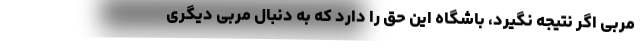
مربی اگر نتیجه نگیرد، باشگاه این حق را دارد که به دنبال مربی دیگری